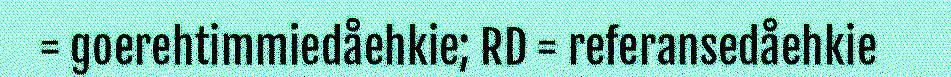
= goerehtimmiedåehkie; RD = referansedåehkie